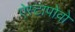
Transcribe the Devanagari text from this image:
ऐस्टापोवो